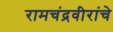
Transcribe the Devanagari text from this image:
रामचंद्रवीरांचे